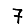
Digit: 7